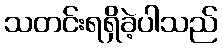
သတင်းရရှိခဲ့ပါသည်